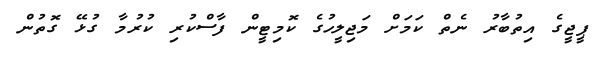
ޕީޖީގެ އިތުބާރު ނެތް ކަމަށް މަޖިލީހުގެ ކޮމިޓީން ފާސްކުރި ކުރުމާ ގުޅޭ ގޮތުން